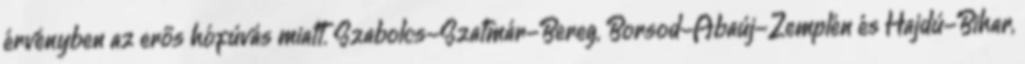
érvényben az erős hófúvás miatt. Szabolcs-Szatmár-Bereg, Borsod-Abaúj-Zemplén és Hajdú-Bihar,